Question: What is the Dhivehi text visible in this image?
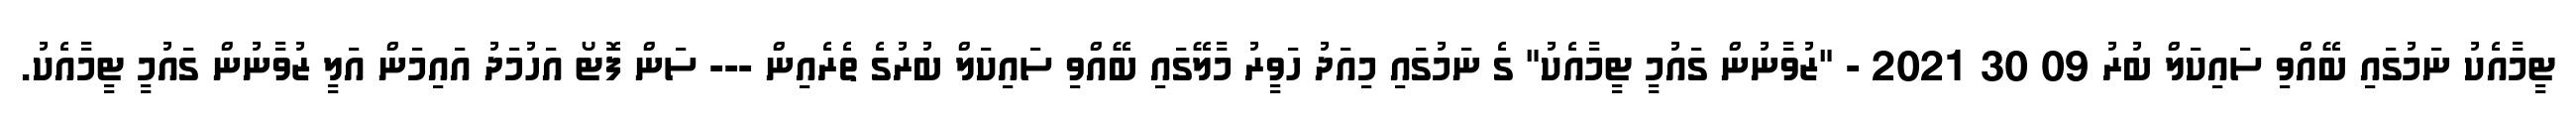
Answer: ޓީމާއެކު ނަމުގައި ބޭއްވި ސައިކަލް ބުރު 09 30 2021 - "ޒުވާނުން ގައުމީ ޓީމާއެކު" ގެ ނަމުގައި މިއަދު ހަވީރު މާލޭގައި ބޭއްވި ސައިކަލް ބުރުގެ ތެރެއިން --- ސަން ފޮޓޯ އަހުމަދު އައިމަން އަލީ ޒުވާނުން ގައުމީ ޓީމާއެކު.